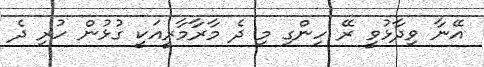
އޭނާ ވިދާޅުވީ ރޭ ހިންގި މި ދެ މާރާމާރީއަކީ ގުޅުން ހުރި ދެ